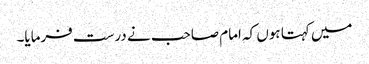
میں کہتا ہوں کہ امام صاحب نے درست فرمایا۔